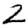
Digit: 2